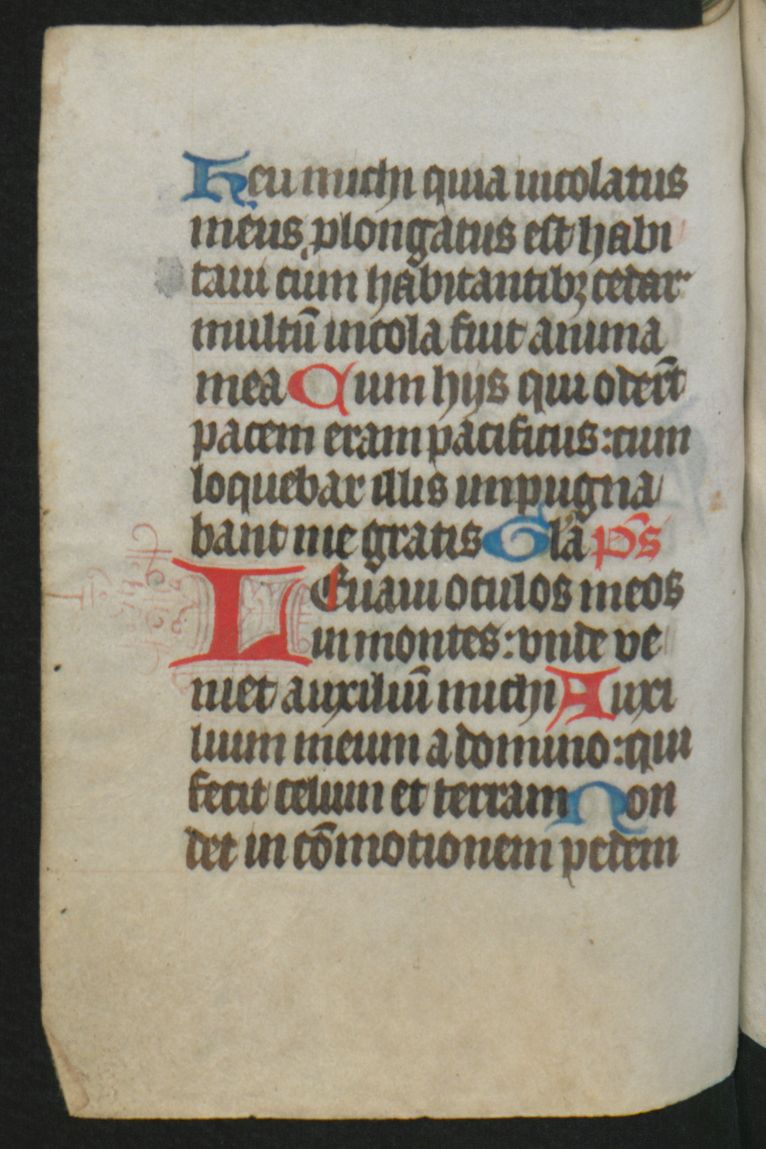
Shelfmark: Berlin, Staatsbibliothek, Hdschr. 25
Century: 15